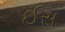
ઈસ